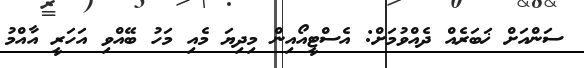
ސަންއަށް ޚަބަރެއް ދެއްވުމަށް: އެސްޓީއޯއިން މިދިޔަ މެއި މަހު ބޭއްވި އަހަރީ އާއްމު